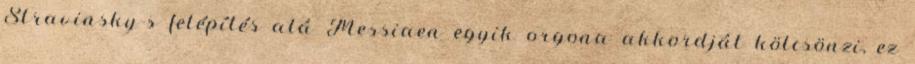
Stravinsky-s felépítés alá Messiaen egyik orgona akkordját kölcsönzi, ez